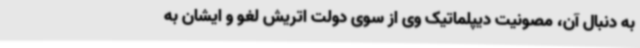
به دنبال آن، مصونیت دیپلماتیک وی از سوی دولت اتریش لغو و ایشان به